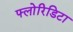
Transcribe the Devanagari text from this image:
फ्लोरिडिटा